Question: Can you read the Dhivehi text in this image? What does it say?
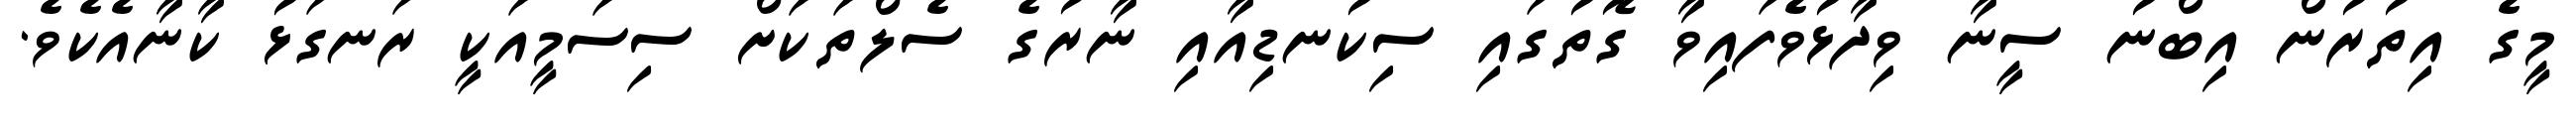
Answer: މީގެ އިތުރުން އިބްނު ސީނާ ވިދާޅުވެފައިވާ ގޮތުގައި ސިކުނޑިއާއި ނާރުގެ ސެލްތަކަށް ސިސަމީއަކީ ރަނގަޅު ކާނާއެކެވެ.